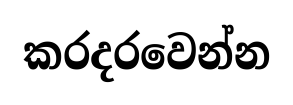
කරදරවෙන්න